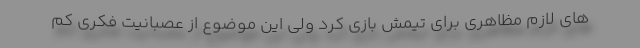
های لازم مظاهری برای تیمش بازی کرد ولی این موضوع از عصبانیت فکری کم